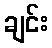
ချင်း